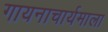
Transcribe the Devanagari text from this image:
गायनाचार्यमाला